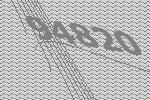
94820